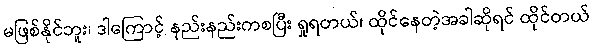
မဖြစ်နိုင်ဘူး၊ ဒါကြောင့် နည်းနည်းကစပြီး ရှုရတယ်၊ ထိုင်နေတဲ့အခါဆိုရင် ထိုင်တယ်